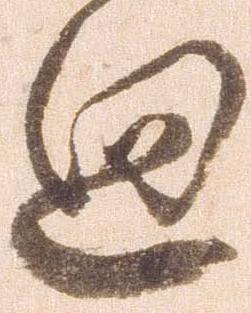
廻